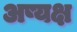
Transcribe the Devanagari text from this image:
अष्यक्ष